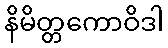
နိမိတ္တကောဝိဒါ